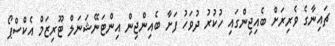
ޗައިނާގެ ވެރިރަށް ބެއިޖިންގައި ހުކުރު ދުވަހު ފަށާ ބެއިންޖިން އިންޓަނޭޝަނަލް ޓޫރިޒަމް އެކްސްޕޯ